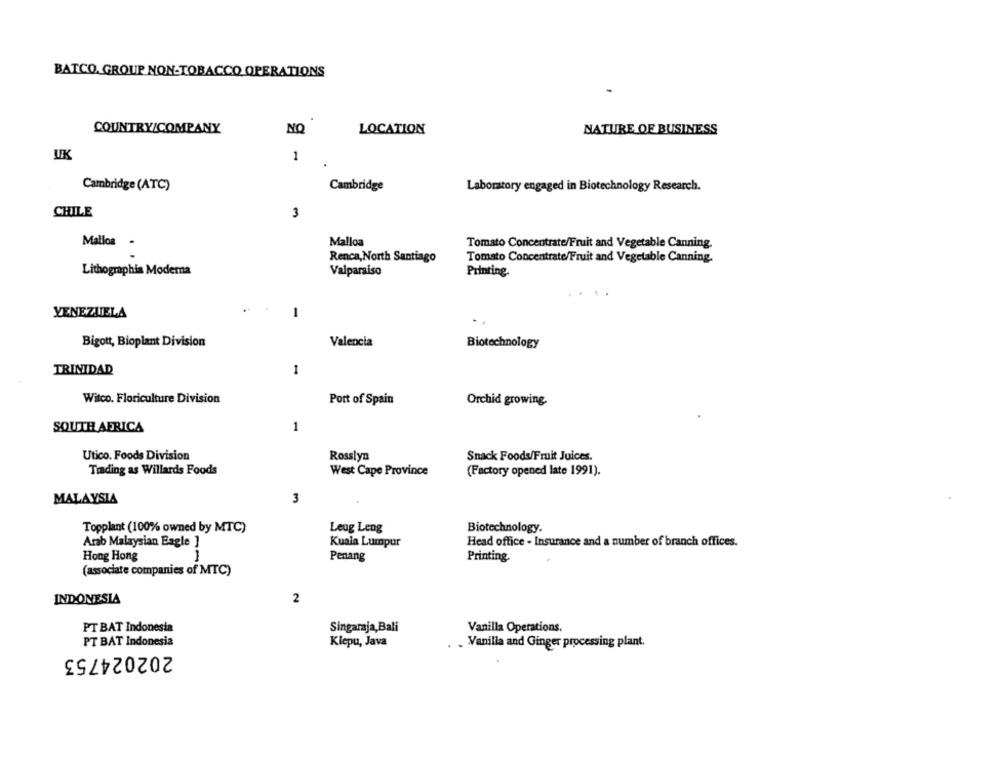
BATCO. GROUP NON-TOBACCO OPERATIONS
COUNTRY/COMPANY
LOCATION
NO
NATURE OF BUSINESS
UK
1
Cambridge (ATC)
Cambridge
Laboratory engaged in Biotechnology Research.
CHILE
3
Mallos -
Malloa
Tomato Concentrate/Fruit and Vegetable Canning.
Renca, North Santiago
Tomato Concentrate/Fruit and Vegetable Canning.
Lithographis Moderna
Valparaiso
Printing.
VENEZUELA
1
Valencia
Bigott, Bioplant Division
Biotechnology
TRINIDAD
1
Witco. Floriculture Division
Port of Spain
Orchid growing.
1
SOUTH AFRICA
Rosslyn
Snack Foods/Fruit Juices.
Utico. Foods Division
Trading as Willards Foods
West Cape Province
(Factory opened late 1991).
MALAYSIA
3
Topplant (100% owned by MTC)
Leug Leng
Biotechnology.
Arab Malaysian Eagle ]
Kuala Lumpur
Head office - Insurance and a number of branch offices.
Hong Hong
Penang
Printing.
(associate companies of MTC)
INDONESIA
2
PT BAT Indonesia
Singaraja,Bali
Vanilla Operations.
PT BAT Indonesia
Klepu, Java
- Vanilla and Ginger processing plant.
202024753